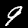
Digit: 9